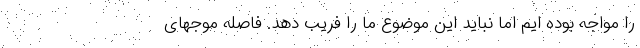
را مواجه بوده ایم اما نباید این موضوع ما را فریب دهد. فاصله موجهای